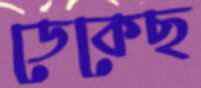
ডেকেছ